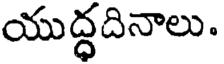
యుద్ధదినాలు.